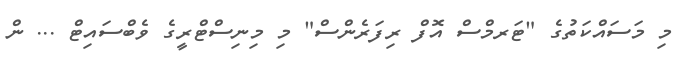
މި މަސައްކަތުގެ "ޓަރމްސް އޮފް ރިފަރެންސް" މި މިނިސްޓްރީގެ ވެބްސައިޓް ... ން